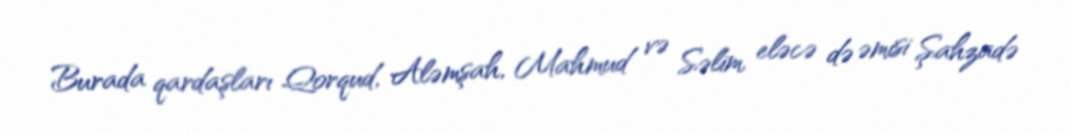
Burada qardaşları Qorqud, Aləmşah, Mahmud və Səlim, eləcə də əmisi Şahzadə